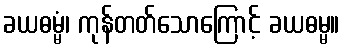
ခယဓမ္မံ၊ ကုန်တတ်သောကြောင့် ခယဓမ္မ။